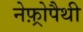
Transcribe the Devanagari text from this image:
नेफ़्रोपैथी